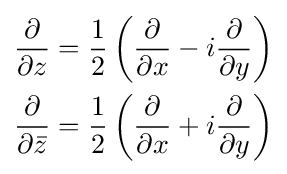
{\begin{aligned}{\frac {\partial }{\partial z}}&={\frac {1}{2}}\left({\frac {\partial }{\partial x}}-i{\frac {\partial }{\partial y}}\right)\\{\frac {\partial }{\partial {\bar {z}}}}&={\frac {1}{2}}\left({\frac {\partial }{\partial x}}+i{\frac {\partial }{\partial y}}\right)\end{aligned}}